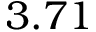
3 . 7 1